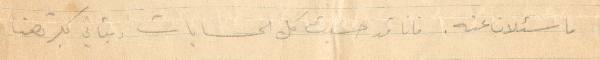
ما سئلان عنه. فأنا قد حسبت كل الحسابات رتاتي بكرتهنا